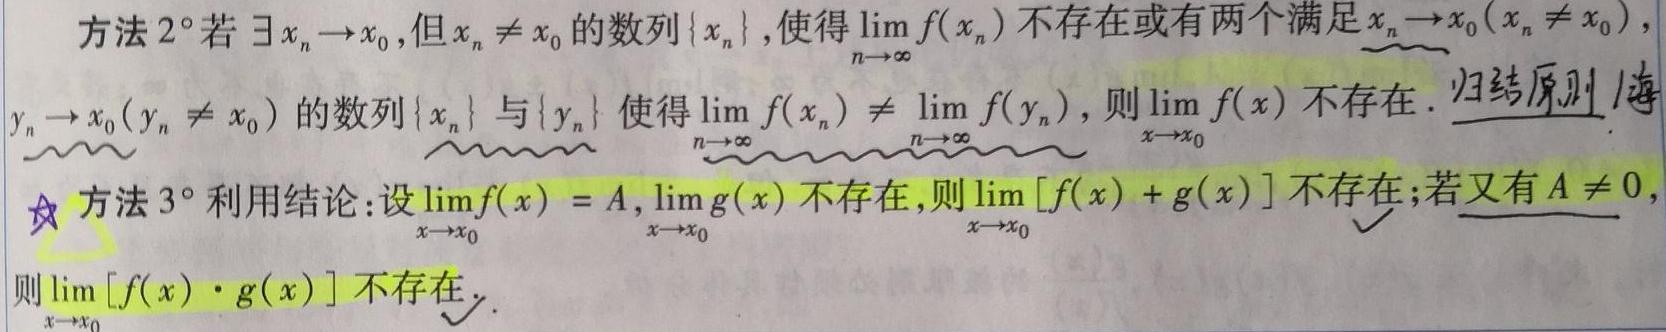
方法 2° 若 $\exists x_{n}\to x_{0}$, 但 $x_{n}\neq x_{0}$ 的数列 $\{x_{n}\}$, 使得 $\lim_{n\to\infty}f(x_{n})$ 不存在或有两个满足 $x_{n}\to x_{0}(x_{n}\neq x_{0})$, $y_{n}\to x_{0}(y_{n}\neq x_{0})$ 的数列 $\{x_{n}\}$ 与 $\{y_{n}\}$ 使得 $\lim_{n\to\infty}f(x_{n})\neq\lim_{n\to\infty}f(y_{n})$, 则 $\lim_{x\to x_{0}}f(x)$ 不存在. 归结原则/海

方法 3° 利用结论: 设 $\lim_{x\to x_{0}}f(x)=A$, $\lim_{x\to x_{0}}g(x)$ 不存在, 则 $\lim_{x\to x_{0}}[f(x)+g(x)]$ 不存在; 若又有 $A\neq 0$, 则 $\lim_{x\to x_{0}}[f(x)\cdot g(x)]$ 不存在.